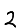
Digit: 2